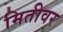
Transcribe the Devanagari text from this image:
मितीवर